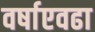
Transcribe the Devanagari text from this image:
वर्षाएवढा